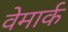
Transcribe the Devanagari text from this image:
वेमार्क